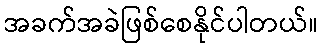
အခက်အခဲဖြစ်စေနိုင်ပါတယ်။